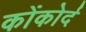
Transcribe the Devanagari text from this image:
कोंकोर्द